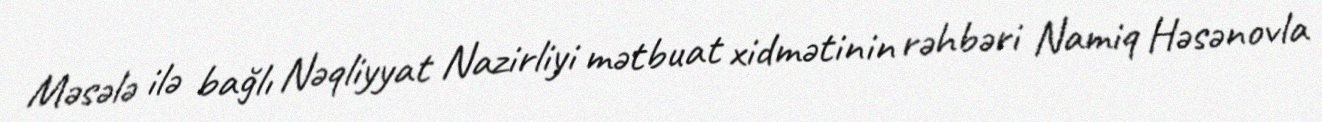
Məsələ ilə bağlı Nəqliyyat Nazirliyi mətbuat xidmətinin rəhbəri Namiq Həsənovla